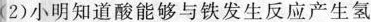
(2)小明知道酸能够与铁发生反应产生氢